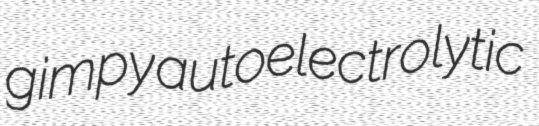
gimpy autoelectrolytic